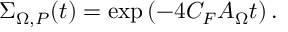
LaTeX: \Sigma _ { \Omega , P } ( t ) = \exp \left( - 4 C _ { F } A _ { \Omega } t \right) .